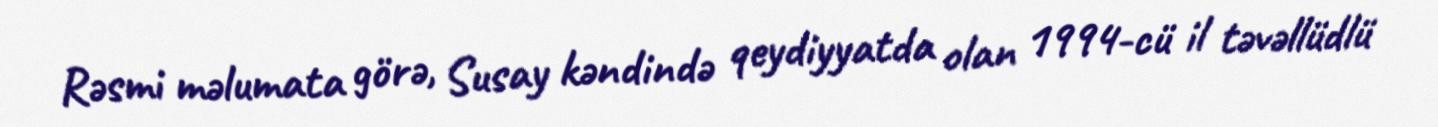
Rəsmi məlumata görə, Susay kəndində qeydiyyatda olan 1994-cü il təvəllüdlü